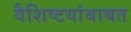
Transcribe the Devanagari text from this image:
वैशिष्टयांबाबत